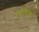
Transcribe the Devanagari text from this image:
१३१५२०